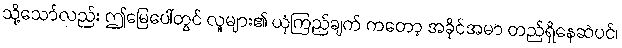
သို့သော်လည်း ဤမြေပေါ်တွင် လူများ၏ ယုံကြည်ချက် ကတော့ အခိုင်အမာ တည်ရှိနေဆဲပင်၊